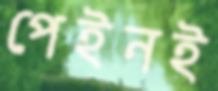
পেইনই